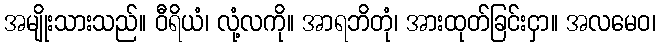
အမျိုးသားသည်။ ဝီရိယံ၊ လုံ့လကို။ အာရဘိတုံ၊ အားထုတ်ခြင်းငှာ။ အလမေဝ၊